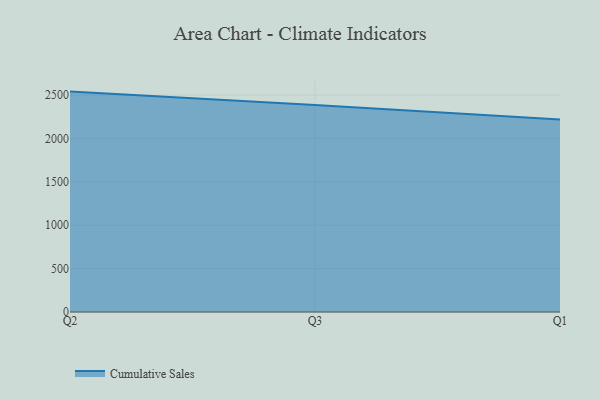
{"axis": {"x": "Quarter", "y": "Satisfaction Score"}, "legend": ["Cumulative Sales"], "data": [{"x": "Q2", "y": 2541.1, "type": "Cumulative Sales"}, {"x": "Q3", "y": 2387.3, "type": "Cumulative Sales"}, {"x": "Q1", "y": 2219.4, "type": "Cumulative Sales"}]}